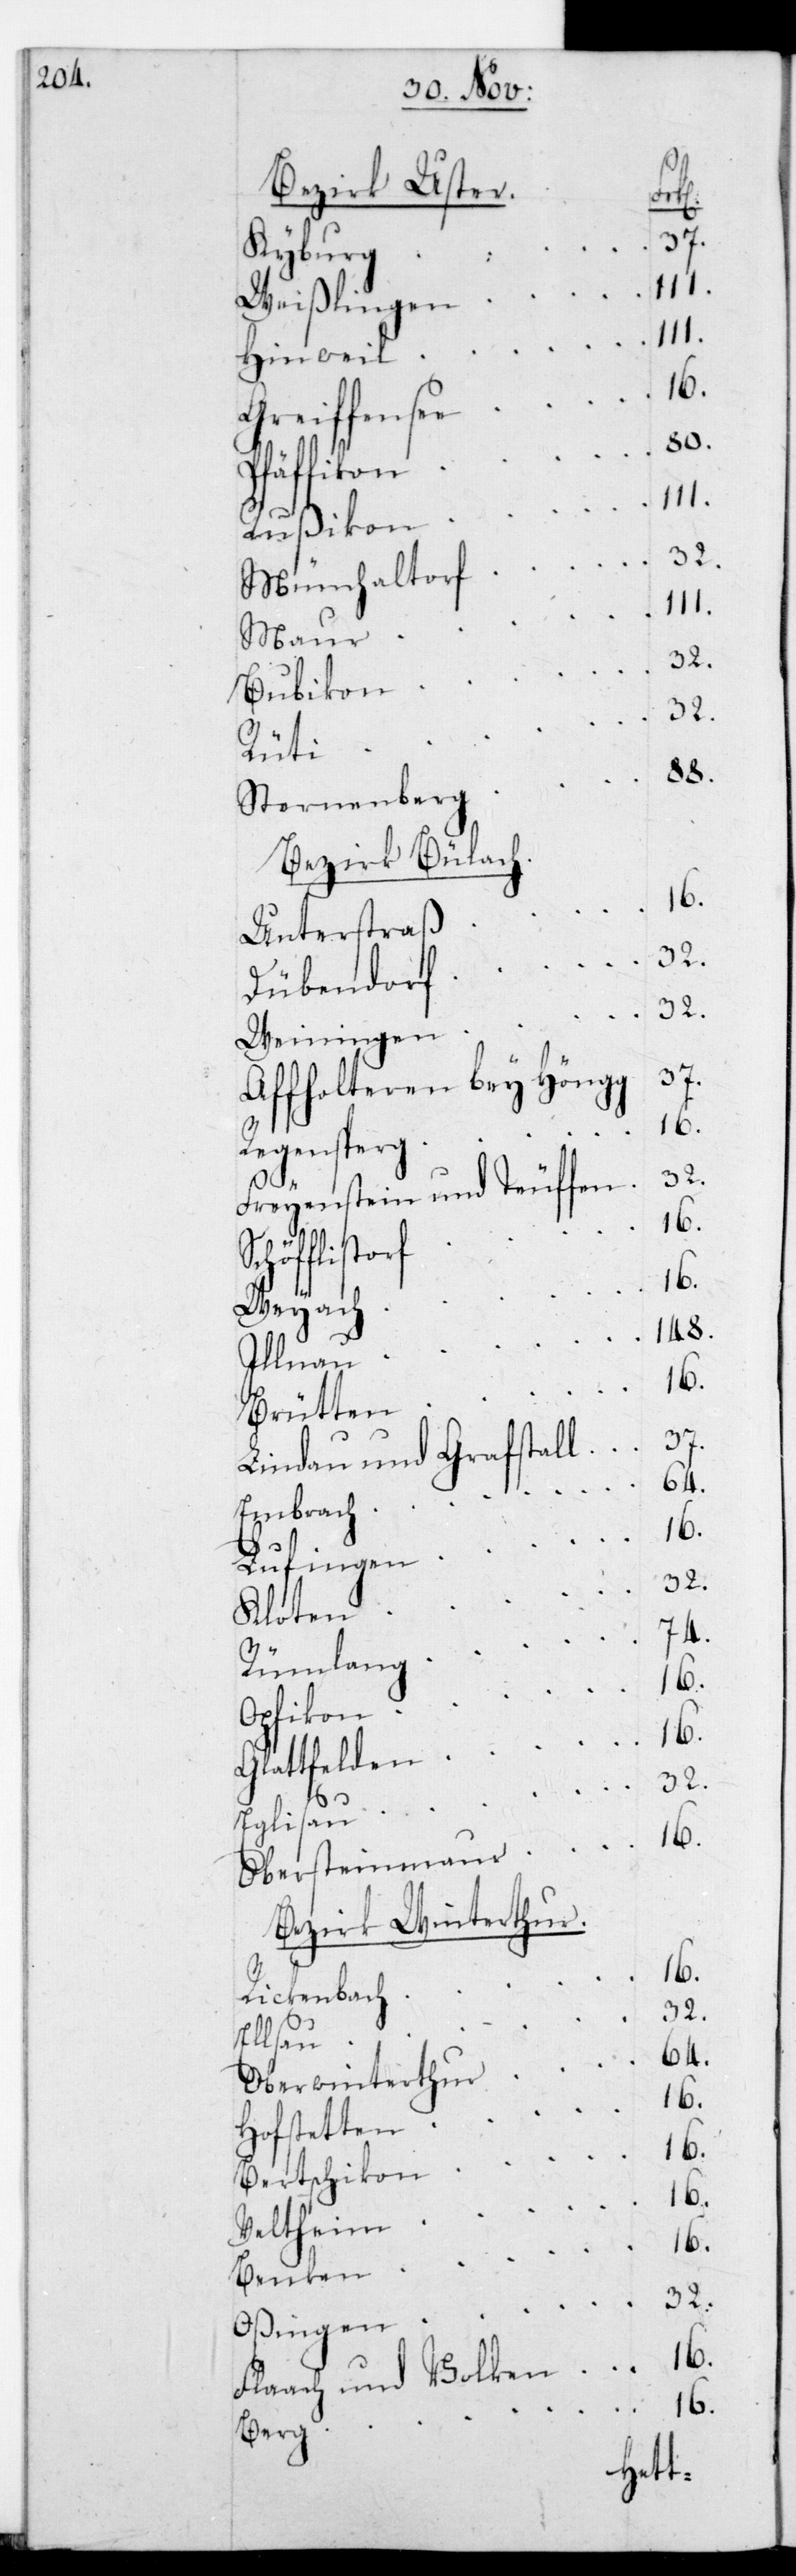
Kyburg
Weißlingen
Hinwil
Greiffensee
80.
Pfäffikon
Rußikon
Münchaltorf
Maur
Bubikon
32.
Rüti
88.
Sternenberg
Bezirk Bülach.
Unterstraß
Dübendorf
32.
Weiningen
37.
Affoltern bey Höngg
Regensberg
Freyenstein und Teuffen
Schöfflistorf
16.
Weyach
Illnau
Brütten
Lindau und Grafstall 	 37.
Embrach
Lufingen
Kloten
32.
Rümlang
74.
Opfikon
16.
Glattfelden
32.
Eglisau
Obersteinmaur
Bezirk Winterthur.
Rickenbach
Ellsau
64.
Oberwinterthur
Hofstetten
16.
Bertschikon
16.
Veltheim
16.
Benken
Oßingen
Flaach und Volken	 16.
Berg